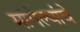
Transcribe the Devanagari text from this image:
मांगेल्यांचे